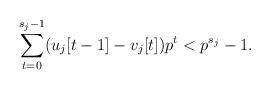
LaTeX: \begin{align*}\sum_{t=0}^{s_{j}-1}(u_{j}[t-1]-v_{j}[t])p^{t}<p^{s_{j}}-1.\end{align*}